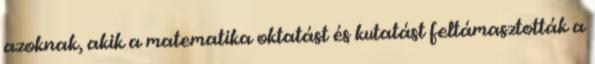
azoknak, akik a matematika oktatást és kutatást feltámasztották a